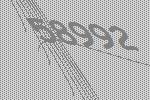
58992